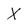
Character: x